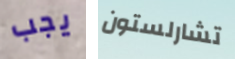
يجب تشارلستون